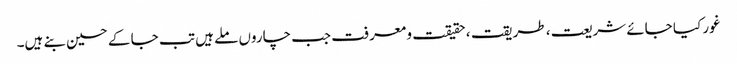
غور کیا جائے شریعت ، طریقت ، حقیقت و معرفت جب چاروں ملے ہیں تب جا کے حسین بنے ہیں۔